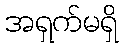
အရှက်မရှိ